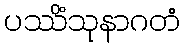
ပဿိံသုနာဂတံ